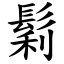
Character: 鬁